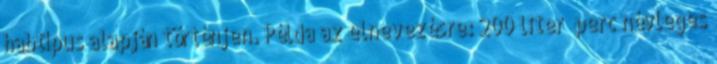
habtípus alapján történjen. Példa az elnevezésre: 200 liter perc névleges